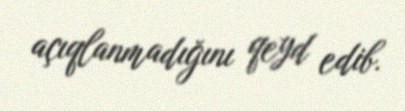
açıqlanmadığını qeyd edib.